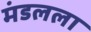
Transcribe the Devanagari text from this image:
मंडलला